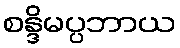
စန္ဒိမပ္ပဘာယ